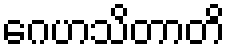
ဂေဟသိတာတိ